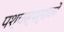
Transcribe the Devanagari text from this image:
पश्चस्पर्शकों